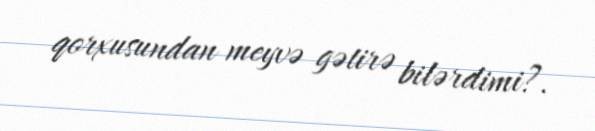
qorxusundan meyvə gətirə bilərdimi?.